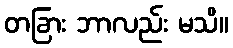
တခြား ဘာလည်း မသိ။